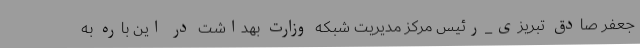
جعفر صادق تبریزی_رئیس مرکز مدیریت شبکه وزارت بهداشت در این باره به